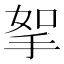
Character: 挐